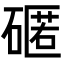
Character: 𮀻